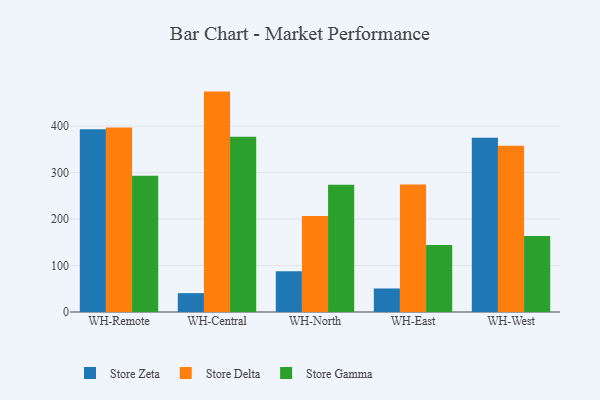
{"axis": {"x": "Warehouse", "y": "Customer Acquisition Cost (USD)"}, "legend": ["Store Delta", "Store Gamma", "Store Zeta"], "data": [{"x": "WH-Remote", "y": 393.1, "type": "Store Zeta"}, {"x": "WH-Remote", "y": 397.0, "type": "Store Delta"}, {"x": "WH-Remote", "y": 293.4, "type": "Store Gamma"}, {"x": "WH-Central", "y": 40.6, "type": "Store Zeta"}, {"x": "WH-Central", "y": 474.2, "type": "Store Delta"}, {"x": "WH-Central", "y": 376.8, "type": "Store Gamma"}, {"x": "WH-North", "y": 87.5, "type": "Store Zeta"}, {"x": "WH-North", "y": 206.3, "type": "Store Delta"}, {"x": "WH-North", "y": 273.6, "type": "Store Gamma"}, {"x": "WH-East", "y": 50.6, "type": "Store Zeta"}, {"x": "WH-East", "y": 274.3, "type": "Store Delta"}, {"x": "WH-East", "y": 144.0, "type": "Store Gamma"}, {"x": "WH-West", "y": 375.1, "type": "Store Zeta"}, {"x": "WH-West", "y": 357.6, "type": "Store Delta"}, {"x": "WH-West", "y": 163.5, "type": "Store Gamma"}]}